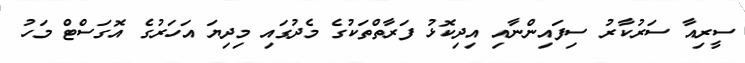
ސީރިއާ ސަރުކާރު ސިފައިންނާއި އިދިކޮޅު ފަރާތްތަކުގެ މެދުގައި މިދިޔަ އަހަރުގެ އޮގަސްޓް މަހު